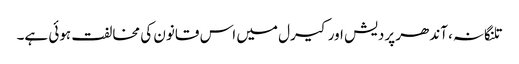
تلنگانہ، آندھر پردیش اور کیرل میں اس قانون کی مخالفت ہوئی ہے۔